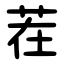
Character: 茬